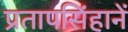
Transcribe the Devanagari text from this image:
प्रतापसिंहानें